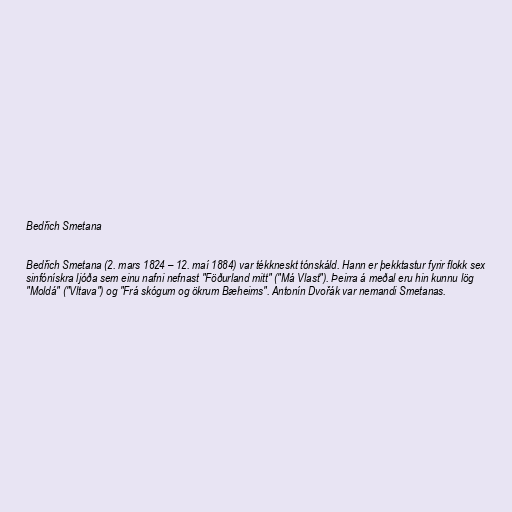
Bedřich Smetana

Bedřich Smetana (2. mars 1824 – 12. maí 1884) var tékkneskt tónskáld. Hann er þekktastur fyrir flokk sex
sinfónískra ljóða sem einu nafni nefnast "Föðurland mitt" ("Má Vlast"). Þeirra á meðal eru hin kunnu lög
"Moldá" ("Vltava") og "Frá skógum og ökrum Bæheims". Antonín Dvořák var nemandi Smetanas.